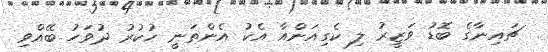
ޗައިނާގެ ބޮޑު ވަޒީރު ލި ކެގިއަންއާ އެކު އެންތަނީ ހުކުރު ދުވަހު ބޭއްވި